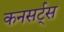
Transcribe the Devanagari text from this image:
कनसर्ट्स